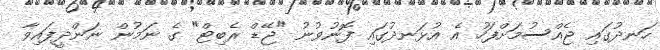
ހަނދުގައި ޖެއްސުމަށްފަހު އެ އުޅަނދުގައި ފޮނުވުނު "ޖޭޑް ރެބިޓް" ގެ ނަމުން ނަންދީފައިވާ